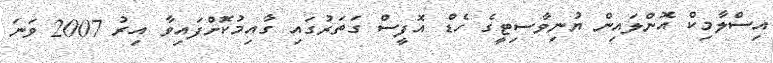
އިސްލާމިކް އޮންލައިން ޔުނިވާސިޓީގެ ހެޑް އޮފީސް ގަތަރުގައި ގާއިމުކޮށްފައިވާ އިރު 2007 ވަނަ